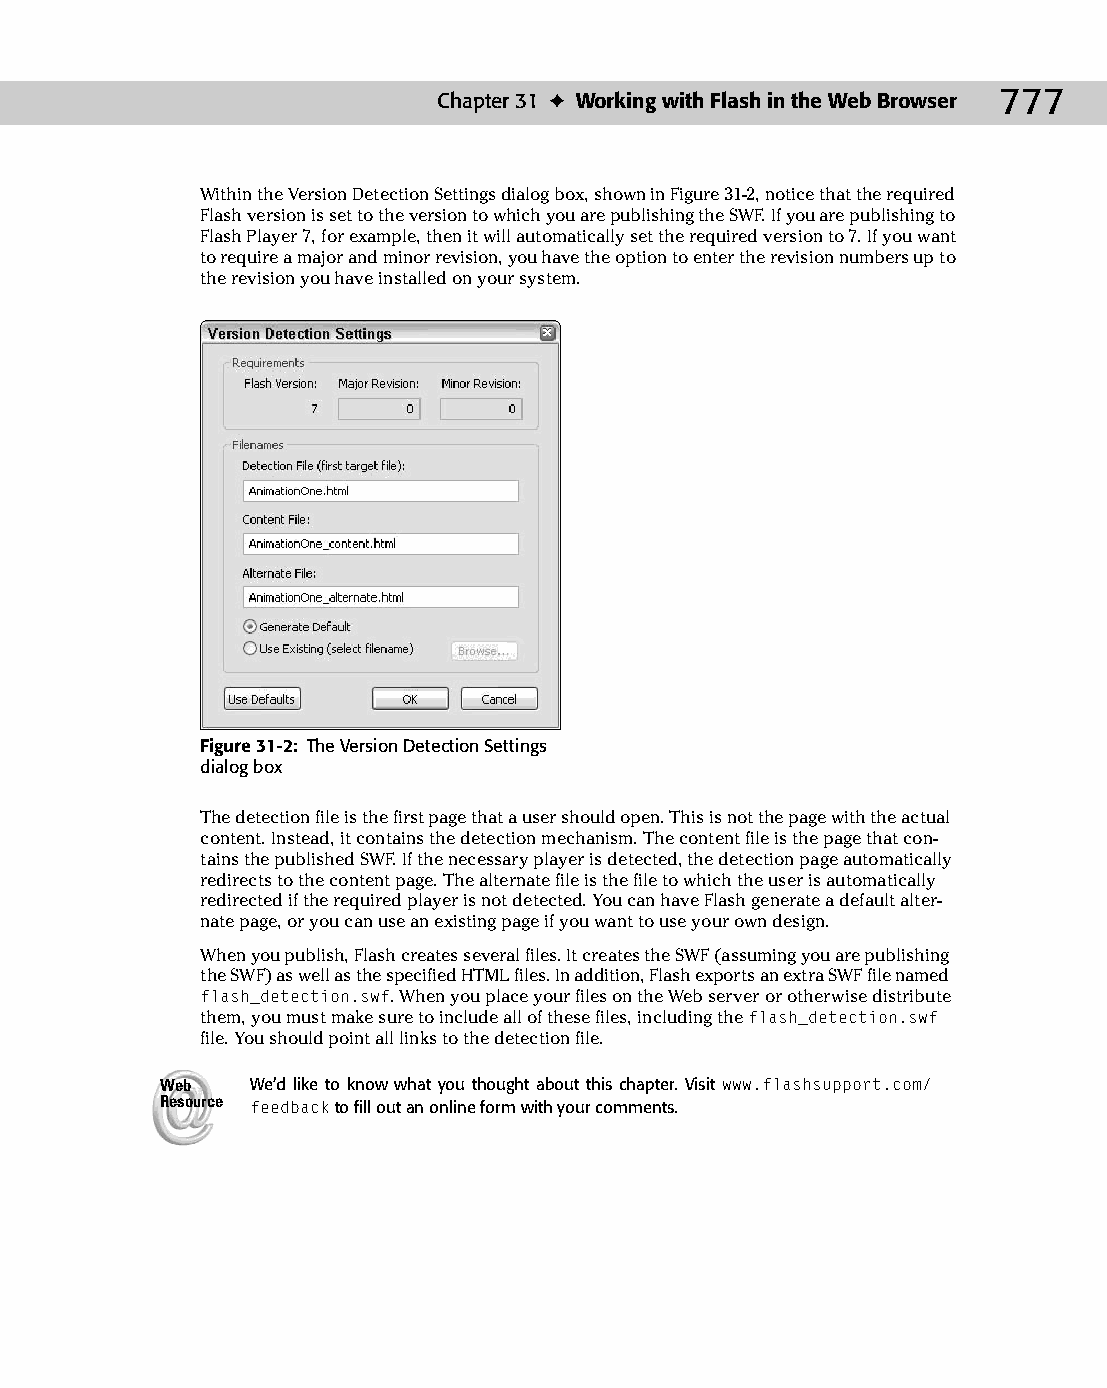
41 543547 ch31.qxd 3/24/04 4:16 PM Page 777
 Chapter 31 ✦ Working with Flash in the Web Browser 777
 Within the Version Detection Settings dialog box, shown in Figure 31-2, notice that the required
 Flash version is set to the version to which you are publishing the SWF. If you are publishing to
 Flash Player 7, for example, then it will automatically set the required version to 7. If you want
 to require a major and minor revision, you have the option to enter the revision numbers up to
 the revision you have installed on your system.
 Figure 31-2: The Version Detection Settings
 dialog box
 The detection file is the first page that a user should open. This is not the page with the actual
 content. Instead, it contains the detection mechanism. The content file is the page that con­
 tains the published SWF. If the necessary player is detected, the detection page automatically
 redirects to the content page. The alternate file is the file to which the user is automatically
 redirected if the required player is not detected. You can have Flash generate a default alter­
 nate page, or you can use an existing page if you want to use your own design.
 When you publish, Flash creates several files. It creates the SWF (assuming you are publishing
 the SWF) as well as the specified HTML files. In addition, Flash exports an extra SWF file named
 flash_detection.swf. When you place your files on the Web server or otherwise distribute
 them, you must make sure to include all of these files, including the flash_detection.swf
 file. You should point all links to the detection file.
 Web   We’d like to know what you thought about this chapter. Visit www.flashsupport.com/
 Resource feedback to fill out an online form with your comments.